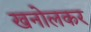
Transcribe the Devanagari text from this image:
खनोलकर